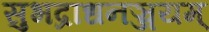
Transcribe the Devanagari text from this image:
सुभद्राधनञ्जयम्